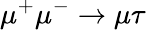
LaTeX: \mu^{+}\mu^{-}\to\mu\tau